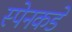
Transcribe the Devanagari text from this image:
स्पेनकडे